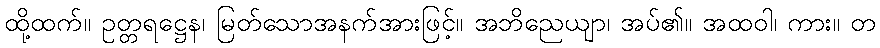
ထို့ထက်။ ဥတ္တရဋ္ဌေန၊ မြတ်သောအနက်အားဖြင့်။ အဘိညေယျာ၊ အပ်၏။ အထဝါ၊ ကား။ တ